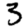
Digit: 3